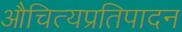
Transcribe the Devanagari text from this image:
औचित्यप्रतिपादन